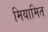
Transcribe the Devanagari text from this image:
मियामित